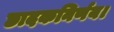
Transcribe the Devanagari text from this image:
छादकनिर्णय।